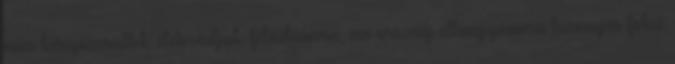
nem kényszerültek életmódjuk feladására, az ország elhagyására bizonyos fokú